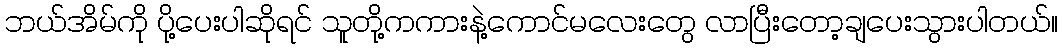
ဘယ်အိမ်ကို ပို့ပေးပါဆိုရင် သူတို့ကကားနဲ့ကောင်မလေးတွေ လာပြီးတော့ချပေးသွားပါတယ်။